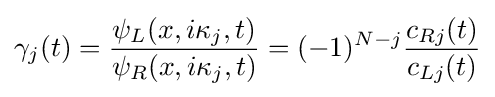
\gamma _{j}(t)={\frac {\psi _{L}(x,i\kappa _{j},t)}{\psi _{R}(x,i\kappa _{j},t)}}=(-1)^{N-j}{\frac {c_{Rj}(t)}{c_{Lj}(t)}}